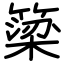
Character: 簗